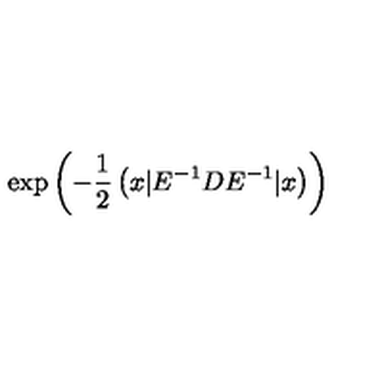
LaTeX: \exp \left( { - \frac { 1 } { 2 } \left( x | E ^ { - 1 } D E ^ { - 1 } | x \right) } \right) \,